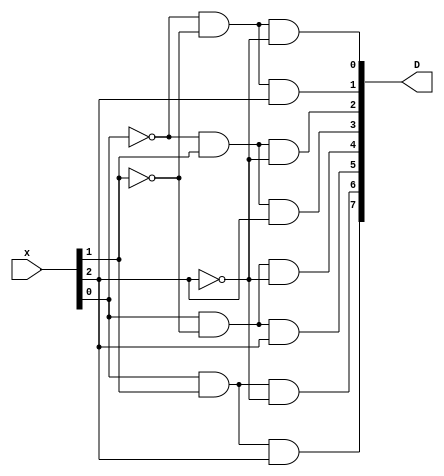
`timescale 1ns / 1ps

module lecture6_1(
    input wire[2:0]x,
    output wire [7:0]D
    );
    
assign #2 D[0] = ~x[0] & ~x[1] & ~x[2];
assign #2 D[1] = ~x[0] & ~x[1] & x[2];
assign #2 D[2] = ~x[0] & x[1] & ~x[2];
assign #2 D[3] = ~x[0] & x[1] & x[2];
assign #2 D[4] = x[0] & ~x[1] & ~x[2];
assign #2 D[5] = x[0] & ~x[1] & x[2];
assign #2 D[6] = x[0] & x[1] & ~x[2];
assign #2 D[7] = x[0] & x[1] & x[2];

endmodule